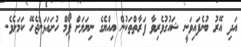
އަދި އޭރު ބުނެފައިވަނީ ޝައުގުވެރިވާ ފަރާތްތަކުން އިއްޔެގެ ނިޔަލަށް ފޯމް ހުށައަޅަންޖެހޭ ކަމަށެވެ.